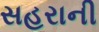
સહરાની